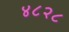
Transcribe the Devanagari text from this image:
४८२८